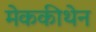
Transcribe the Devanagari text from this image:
मेककीथेन